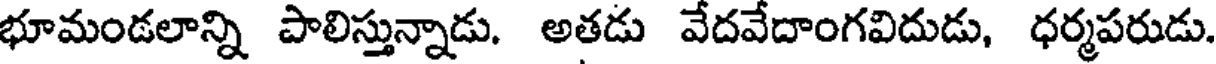
భూమండలాన్ని పాలిస్తున్నాడు. అతడు వేదవేదాంగవిదుడు, ధర్మపరుడు.